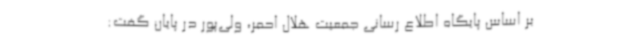
بر اساس پایگاه اطلاع رسانی جمعیت هلال احمر، ولی‌پور در پایان گفت: